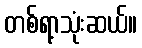
တစ်ရာ့သုံးဆယ်။